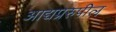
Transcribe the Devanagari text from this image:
आद्यप्ररुपील